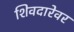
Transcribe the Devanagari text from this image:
शिवदारेवर